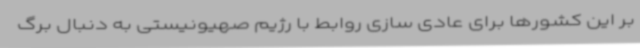
بر این کشورها برای عادی سازی روابط با رژیم صهیونیستی به دنبال برگ